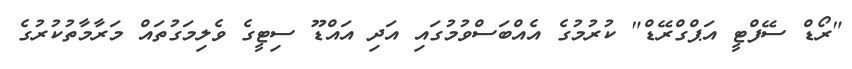
"ރޯޑް ސޭފްޓީ އަޕްގްރޭޑް" ކުރުމުގެ އެއްބަސްވުމުގައި އަދި އައްޑޫ ސިޓީގެ ވެލިމަގުތައް މަރާމާތުކުރުގެ